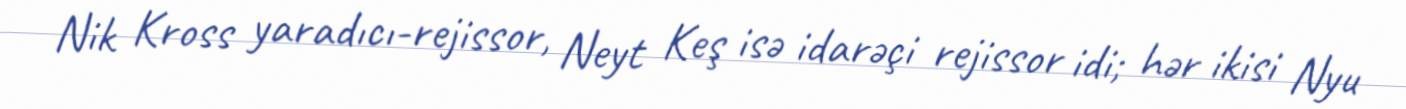
Nik Kross yaradıcı-rejissor, Neyt Keş isə idarəçi rejissor idi; hər ikisi Nyu